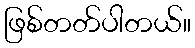
ဖြစ်တတ်ပါတယ်။